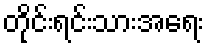
တိုင်းရင်းသားအရေး